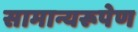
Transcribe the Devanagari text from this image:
सामान्यरूपेण